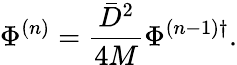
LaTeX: \Phi^{(n)}=\frac{\bar{D}^{2}}{4M}\Phi^{(n-1)\dagger}.